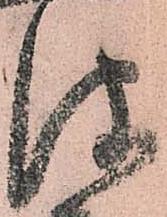
彼